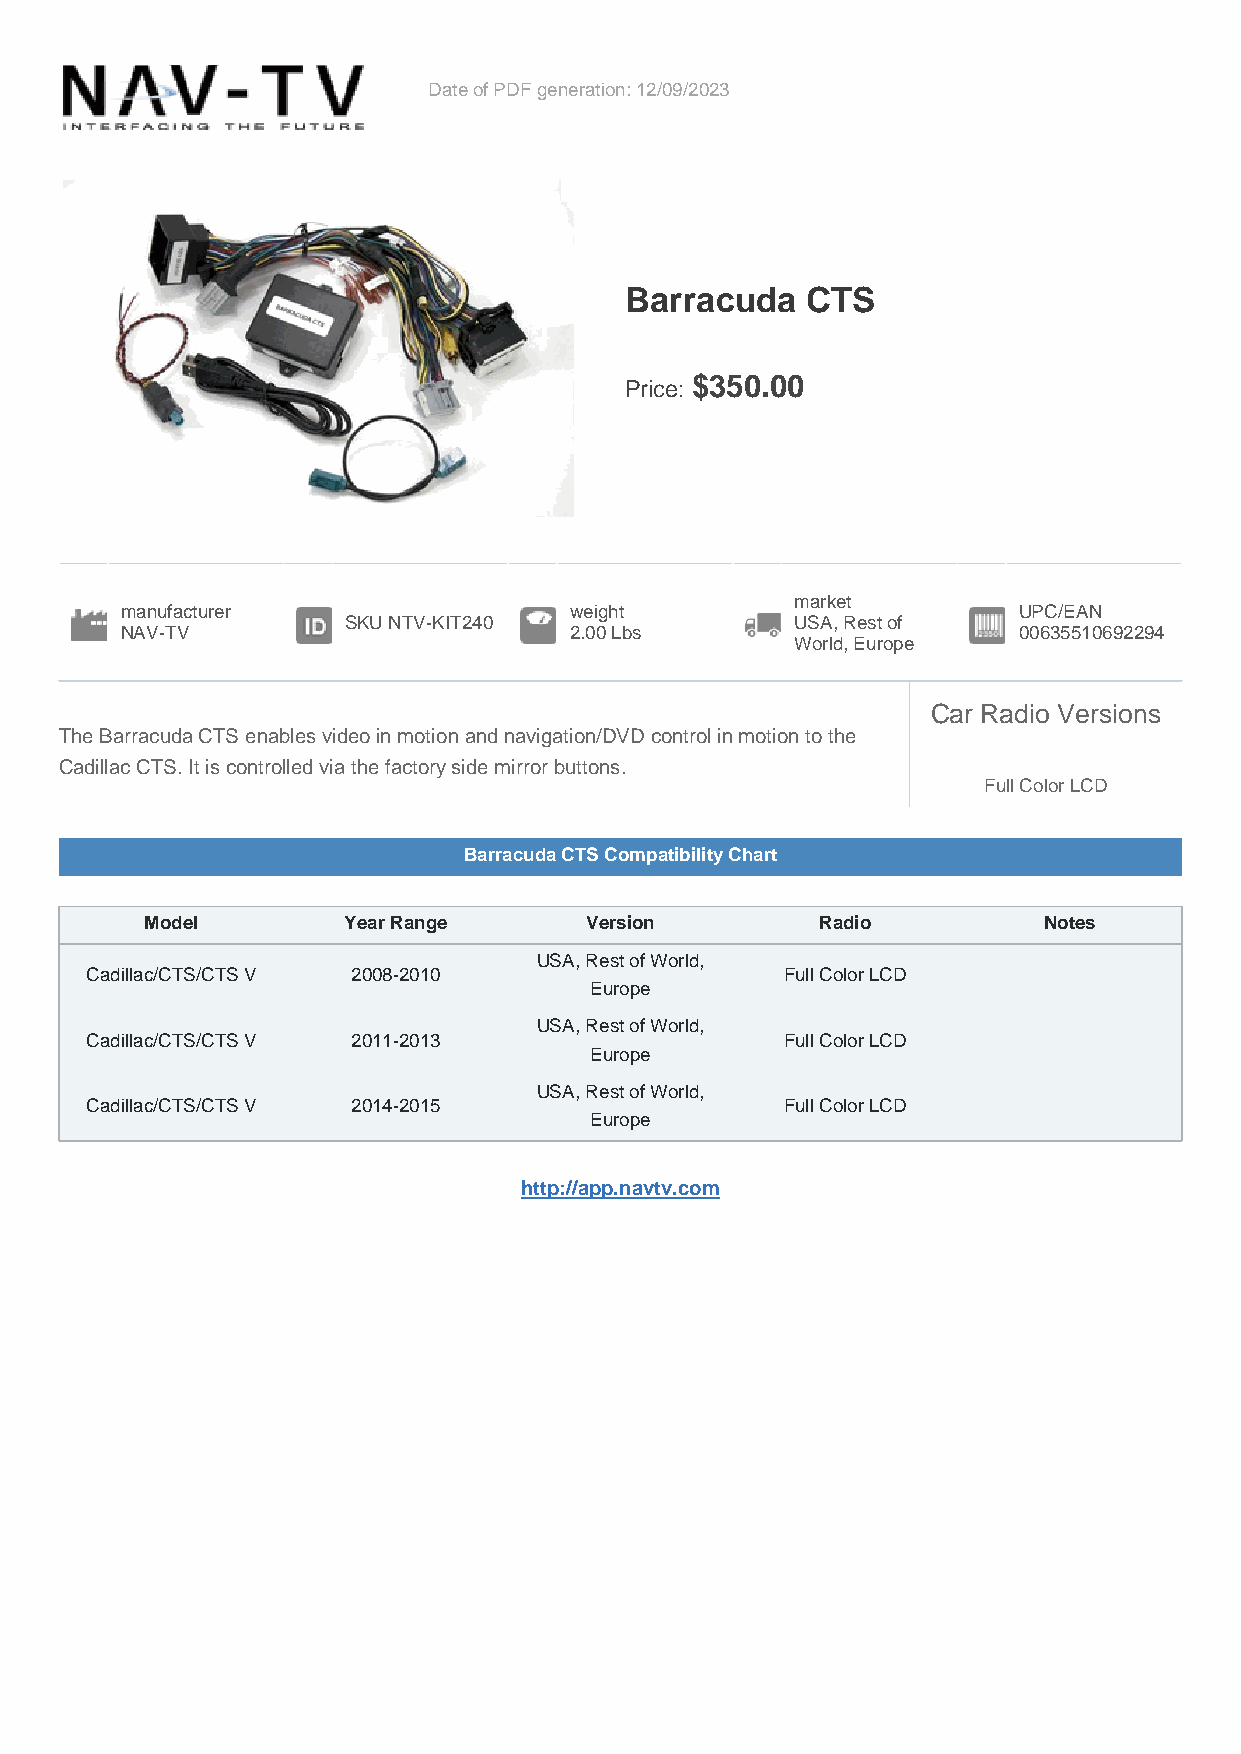
Date of PDF generation: 12/09/2023
 Barracuda   CTS
 Price: $350.00
 market
 manufacturer                  weight                       UPC/EAN
 SKU NTV-KIT240                USA, Rest of
 NAV-TV                        2.00 Lbs                     00635510692294
 World, Europe
 Car Radio Versions
 The Barracuda CTS enables video in motion and navigation/DVD control in motion to the
 Cadillac CTS. It is controlled via the factory side mirror buttons.
 Full Color LCD
 Barracuda CTS Compatibility Chart
 Model        Year Range      Version        Radio          Notes
 USA, Rest of World,
 Cadillac/CTS/CTS V 2008-2010                  Full Color LCD
 Europe
 USA, Rest of World,
 Cadillac/CTS/CTS V 2011-2013                  Full Color LCD
 Europe
 USA, Rest of World,
 Cadillac/CTS/CTS V 2014-2015                  Full Color LCD
 Europe
 http://app.navtv.com